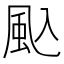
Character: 𮨦